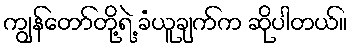
ကျွန်တော်တို့ရဲ့ ခံယူချက်က ဆိုပါတယ်။